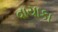
વાયાકા